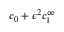
c _ { 0 } + \epsilon ^ { 2 } c _ { 1 } ^ { \infty }